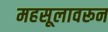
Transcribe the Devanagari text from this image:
महसूलावरून